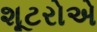
શૂટરોએ